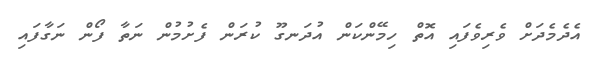
އެދެމެދަށް ވެރިވެފައި އޮތް ހިމޭންކަން އުދަނގޫ ކުރަން ފެށުމުން ނަތާ ފޯން ނަގާފައި